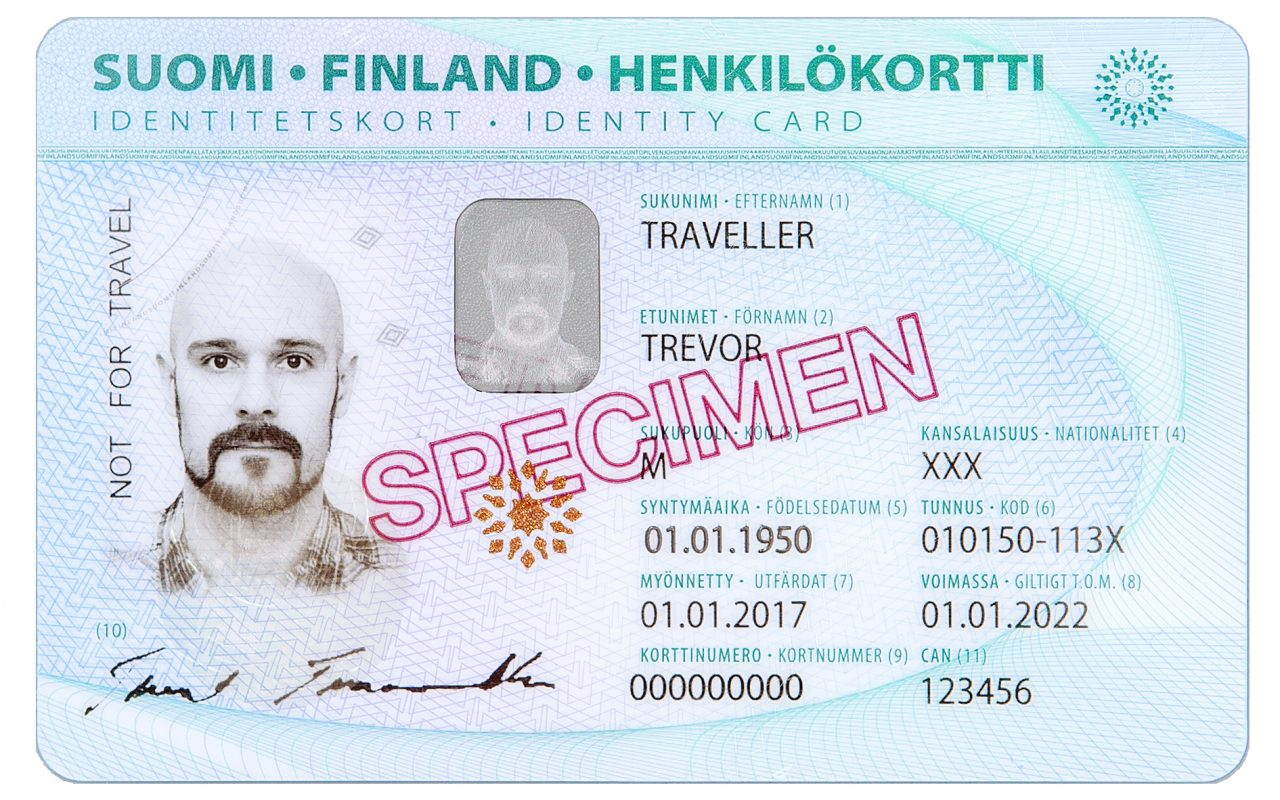
Language: fn